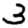
Digit: 3